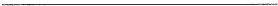
___